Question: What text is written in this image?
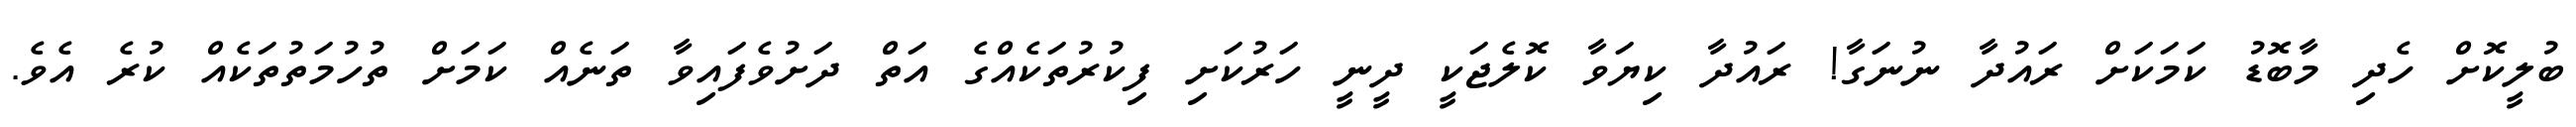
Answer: ބުލީކޮށް ހެދި މާބޮޑު ކަމަކަށް ރައުދާ ނުނަގާ! ރައުދާ ކިޔަވާ ކޮލެޖަކީ ދީނީ ހަރުކަށި ފިކުރުތަކެއްގެ އަތް ދަށުވެފައިވާ ތަނެއް ކަމަށް ތުހުމަތުތަކެއް ކުރެ އެވެ.